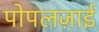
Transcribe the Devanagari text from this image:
पोपलज़ाई